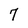
Character: 7